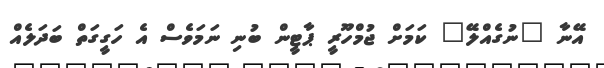
އޭނާ "ނުގެއްލޭ" ކަމަށް ޖުމްހޫރީ ޕާޓީން ބުނި ނަމަވެސް އެ ހަގީގަތް ބަދަލެއް